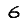
Digit: 6